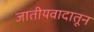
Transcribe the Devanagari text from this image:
जातीयवादातून